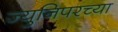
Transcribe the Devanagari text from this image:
ज्युनिपरच्या